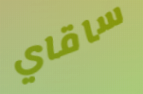
ساقاي